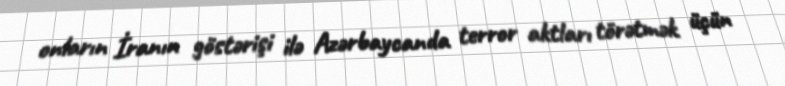
onların İranın göstərişi ilə Azərbaycanda terror aktları törətmək üçün